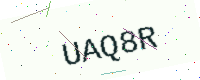
Text: UAQ8R